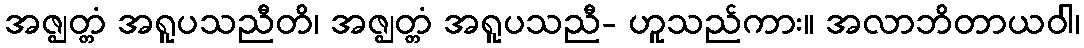
အဇ္ဈတ္တံ အရူပသညီတိ၊ အဇ္ဈတ္တံ အရူပသညီ- ဟူသည်ကား။ အလာဘိတာယဝါ၊